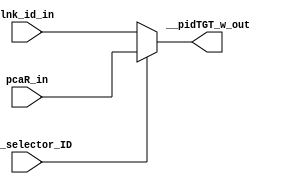

// File generated by Go version U-2022.12#33f3808fcb#221128, Thu Jan 25 16:08:15 2024
// Copyright 2014-2022 Synopsys, Inc. All rights reserved.
// go -I../lib -F -DSYNTHESIS_NO_UNGROUP -D__tct_patch__=0 -Verilog -otrv32p3_cnn_vlog -cgo_options.cfg -Itrv32p3_cnn_vlog/tmp_pdg -updg -updg_controller trv32p3_cnn



`timescale 1ns/1ps

// module mux___pidTGT_w : mux___pidTGT_w
module mux___pidTGT_w
  ( input                    ohe_selector_ID,
    input      signed [31:0] lnk_id_in, // w32
    input      signed [31:0] pcaR_in, // w32
    output reg signed [31:0] __pidTGT_w_out // w32
  );


  always @ (*)

  begin : p_mux___pidTGT_w

    // __pidTGT_w_out = 32'sh0;

    // (pidTGT_copy0_lnk_id_ID)
    // [ctrl.n:155][ctrl.n:194]
    __pidTGT_w_out = lnk_id_in;

    if (ohe_selector_ID) // (pidTGT_copy0_pcaR_ID)
    begin
      // [ctrl.n:114]
      __pidTGT_w_out = pcaR_in;
    end

  end

endmodule